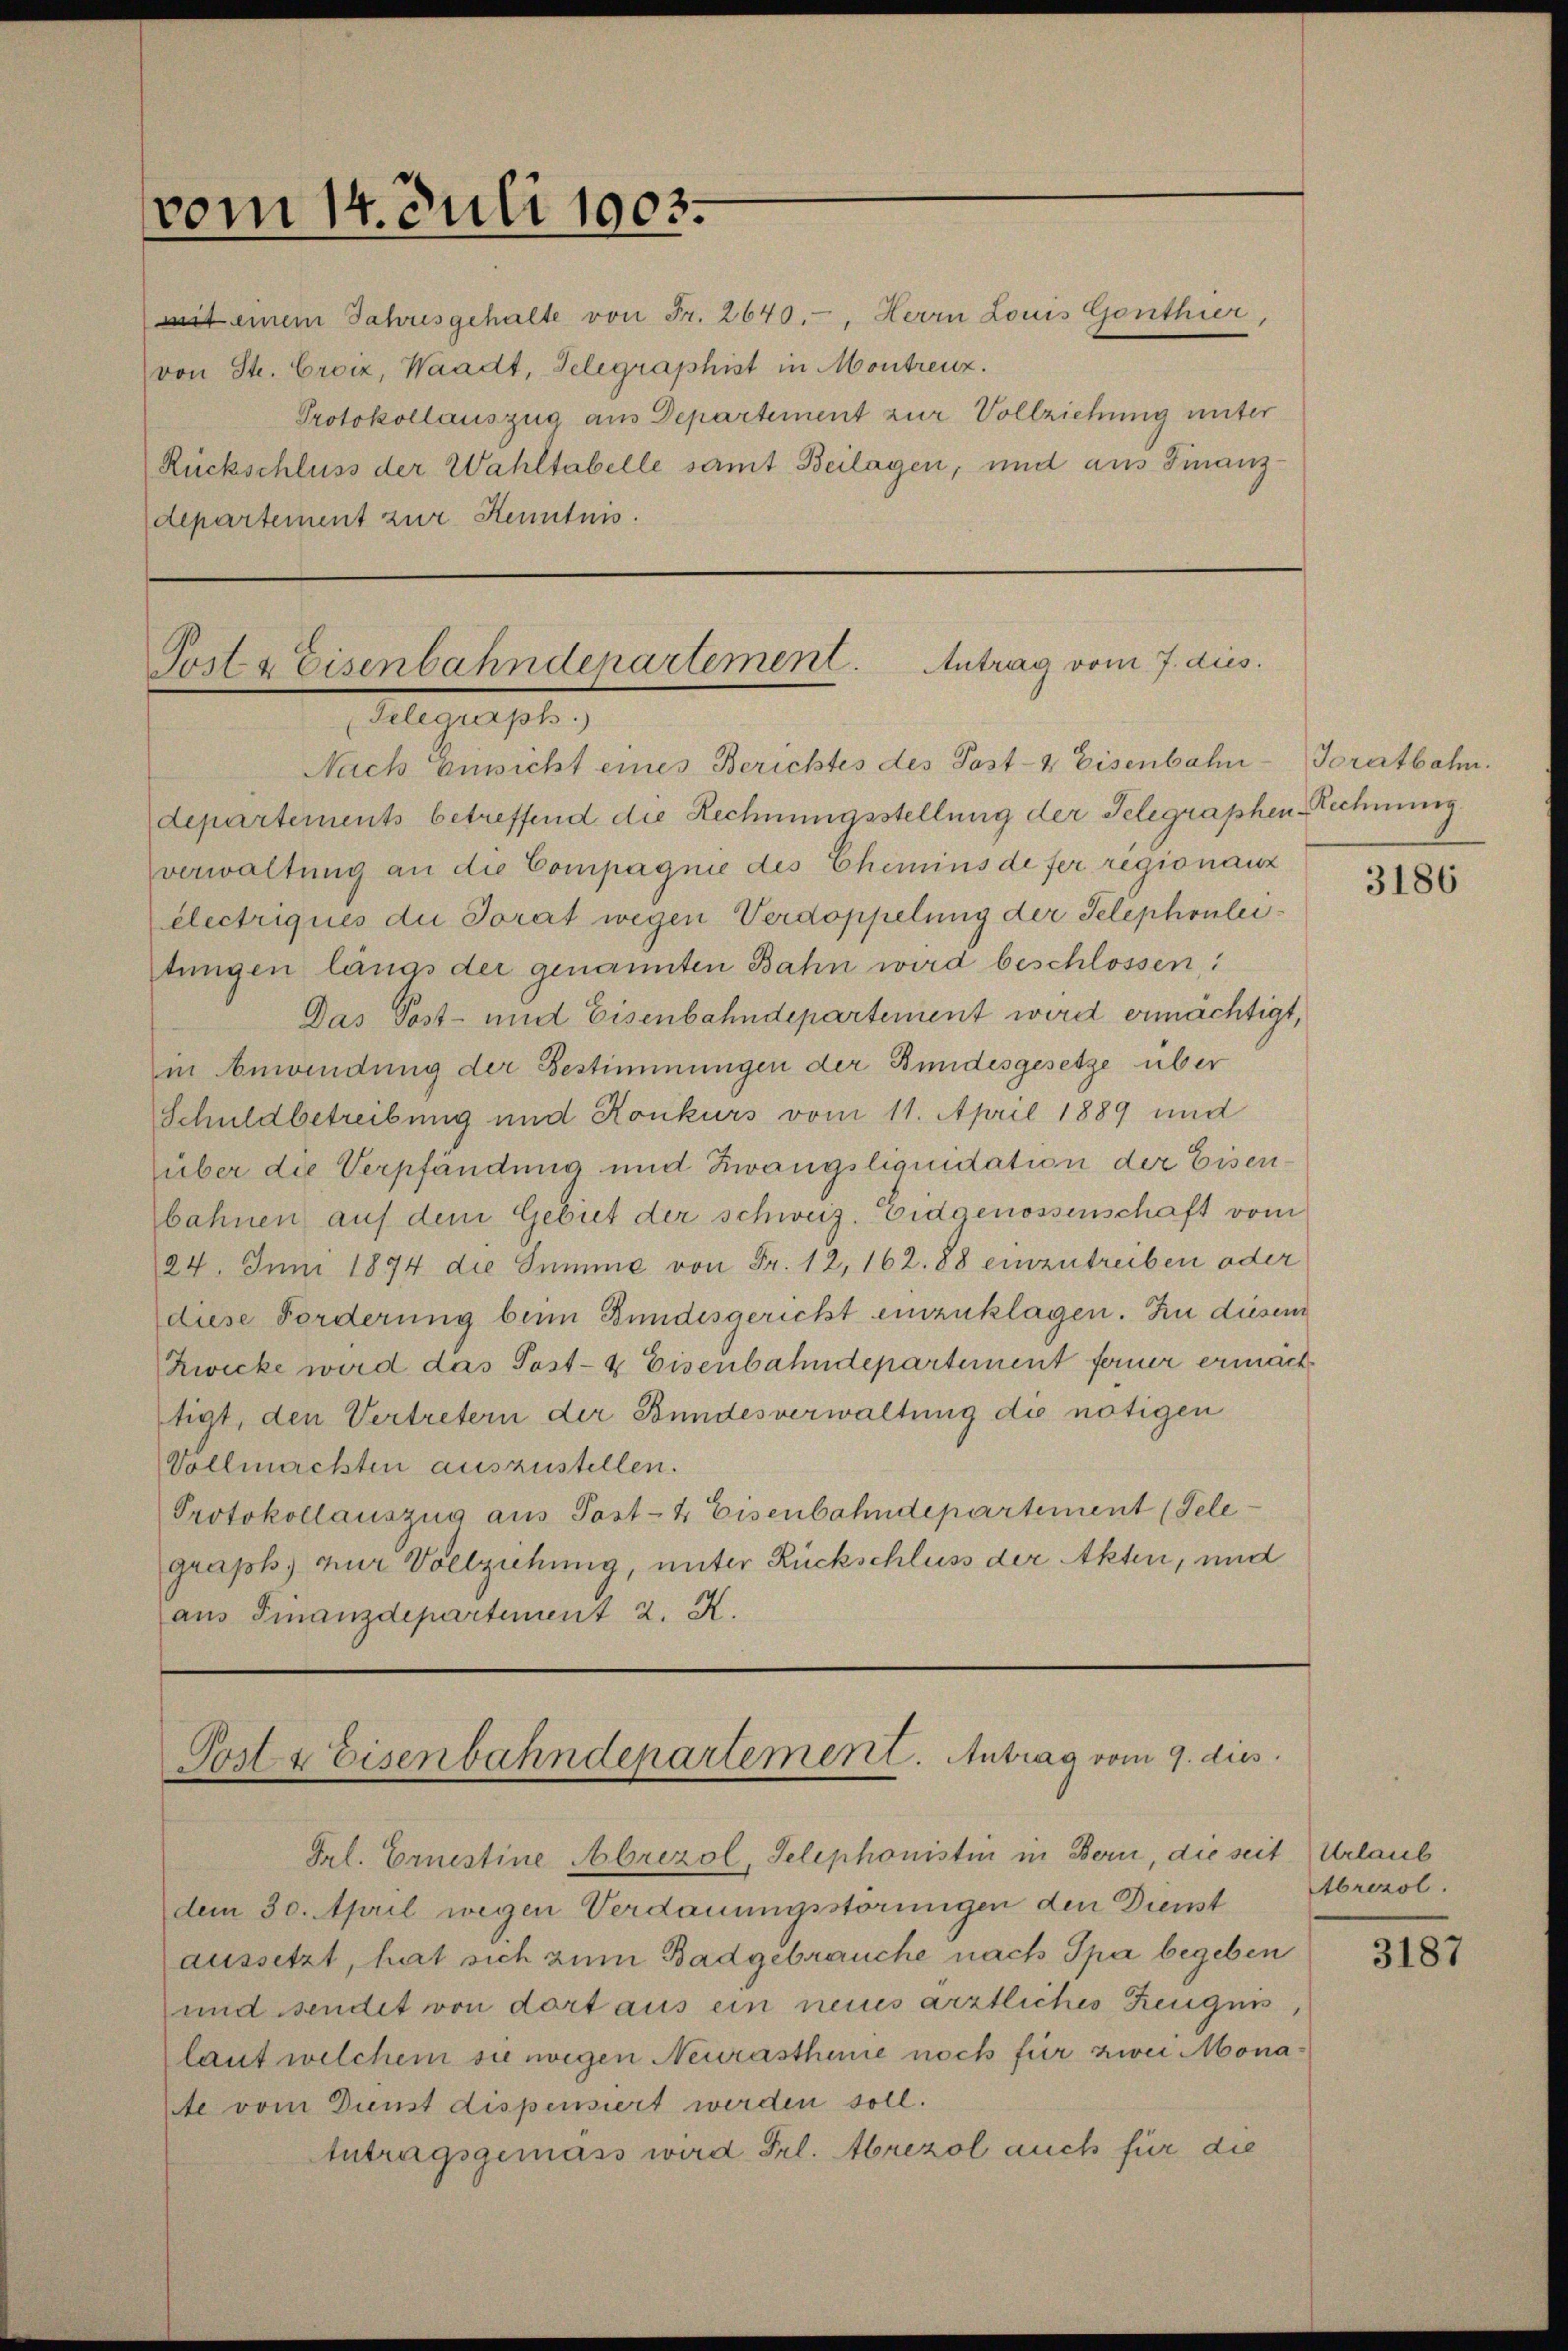
vom 14. Juli 1903.

mit einem Jahresgehalte von Fr. 2640.-, Herrn Louis Gonthier,
von St. Croiz, Waadt, Telegraphist in Montreuz.
Protokollauszug aus Departement zur Vollziehung unter
Rückschluss der Wahltabelle samt Beilagen, und aus Finanzdepartement zur Kenntnis.

Post & Eisenbahndenartement. Antrag vom 7. dies
(Telegraph.)
Nach Einsicht eines Berichtes des Post- & Eisenbahn-Toratbahn.

departements betreffend die Rechnungsstellung der Telegraphen-Rechnung
verwaltung an die Compagnie des Chemins de fer regionanz
electriques die Torart wegen Verdoppelung der Telephonleitungen längs der genannten Bahn wird beschlossen:
Das Post- und Eisenbahndepartement wird ermächtigt,
in Anwendung der Bestimmungen der Bundesgesetze über
Schuldbetreibung und Konkurs vom 11. April 1889 und
über die Verpfändung und Zwangsliquidation der Eisen
bahnen auf dem Gebiet der schweiz. Eidgenossenschaft vom
24. Juni 1874 die Summe von Fr. 12, 162. 88 einzutreiben oder
diese Forderung beim Bundesgericht einzuklagen. Zu diesem
Zwicke wird das Post- & Eisenbahndepartement ferner ermäch
tigt, den Vertretern der Bundesverwaltung die nötigen
Vollmachten auszustellen.
Protokollauszug aus Post- & Eisenbahndepartement (Telegraph. nur Vollziehung, unter Rückschluss der Akten, und
aus Finanzdepartement 2. X.

Post & Eisenbahndepartement. Antrag vom 9. dies

Frl. Ernestine Abrezol, Telephonistin in Bern, die seit Urlaub
dem 30. April wegen Verdauungsstörungen den Dienst
aussetzt, hat sich zum Badgebrauche nach Spa begeben
und sendet von dort aus ein neues ärztliches Zeugnis
laut welchem sie wegen Neurasthinie noch für zwei Monade vom Dienst dispensiert werden soll.
Antragsgemäss wird Frl. Abrezol auch für die

3186

Abrezol.

3187